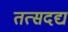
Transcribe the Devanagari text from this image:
तत्सदद्य